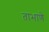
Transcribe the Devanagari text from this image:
ताभाणे